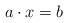
LaTeX: \begin{align*} a\cdot x = b\end{align*}